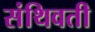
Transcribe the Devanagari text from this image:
संथिवती